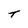
Character: T